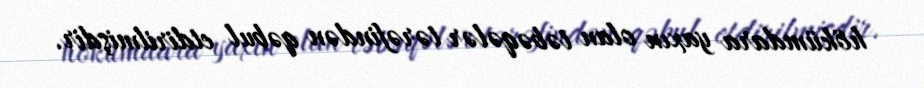
hökümdara yaxın olan təbəqələr tərəfindən qəbul etdirilmişdir.